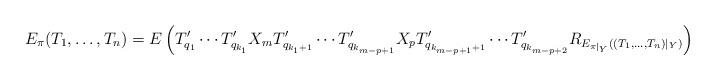
LaTeX: \begin{align*}E_\pi(T_1, \ldots, T_n) = E\left( T'_{q_1} \cdots T'_{q_{k_1}} X_m T'_{q_{k_1+1}} \cdots T'_{q_{k_{m-p+1}}} X_{p} T'_{q_{k_{m-p+1}+1}} \cdots T'_{q_{k_{m-p+2}}} R_{E_{\pi|_{Y}}((T_1, \ldots, T_n)|_{Y})} \right)\end{align*}